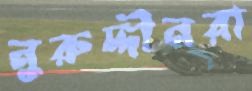
নুরুদ্দীনরা